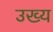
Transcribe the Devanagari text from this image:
उख्य